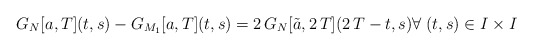
\begin{align*}G_{N}[a,T](t,s)-G_{M_1}[a,T](t,s)=2\, G_N[\tilde{a},2\,T](2\,T-t,s)\forall \; (t,s)\in I\times I\end{align*}